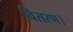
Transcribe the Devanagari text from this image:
विसरण।